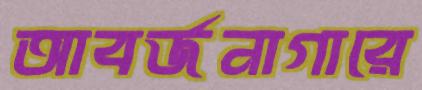
আবর্জনাগারে